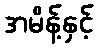
အမိန့်နှင့်